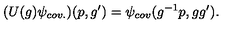
( U ( g ) \psi _ { c o v . } ) ( p , g ^ { \prime } ) = \psi _ { c o v } ( g ^ { - 1 } p , g g ^ { \prime } ) .